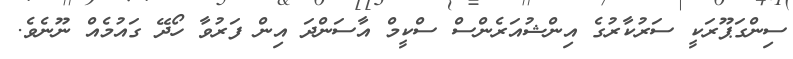
ސިންގަޕޫރަކީ ސަރުކާރުގެ އިންޝުއަރެންސް ސްކީމް އާސަންދަ އިން ފަރުވާ ހޯދޭ ގައުމެއް ނޫނެވެ.